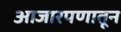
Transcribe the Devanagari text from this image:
आजारपणातून